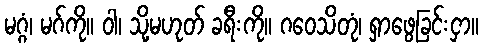
မဂ္ဂံ၊ မဂ်ကို။ ဝါ၊ သို့မဟုတ် ခရီးကို။ ဂဝေသိတုံ၊ ရှာဖွေခြင်းငှာ။